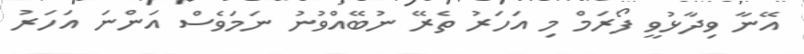
އޭނާ ވިދާޅުވީ ފޯރަމް މި އަހަރު ތެރޭ ނުބޭއްވުނު ނަމަވެސް އަންނަ އަހަރު